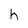
Character: h